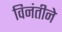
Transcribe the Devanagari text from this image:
विनंतीने